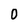
Character: 0